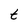
Character: t